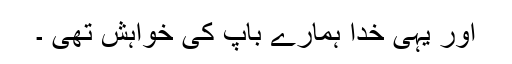
اور یہی خدا ہمارے باپ کی خواہش تھی ۔